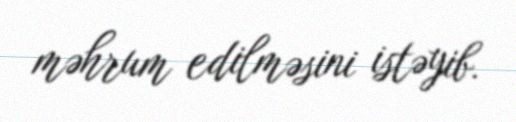
məhrum edilməsini istəyib.